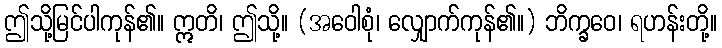
ဤသို့မြင်ပါကုန်၏။ ဣတိ၊ ဤသို့။ (အဝေါစုံ၊ လျှောက်ကုန်၏။) ဘိက္ခဝေ၊ ရဟန်းတို့။